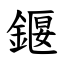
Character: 䤷